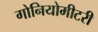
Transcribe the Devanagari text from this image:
गोनियोमीटरी